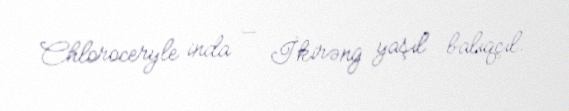
Chloroceryle inda — İkirəng yaşıl balıqçıl.